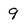
Character: 9